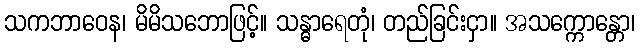
သကဘာဝေန၊ မိမိသဘောဖြင့်။ သန္ဓာရေတုံ၊ တည်ခြင်းငှာ။ အသက္ကောန္တော၊